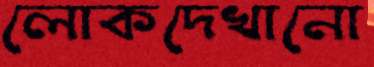
লোকদেখানো